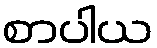
စာပါယ